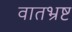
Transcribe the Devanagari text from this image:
वातभ्रष्ट